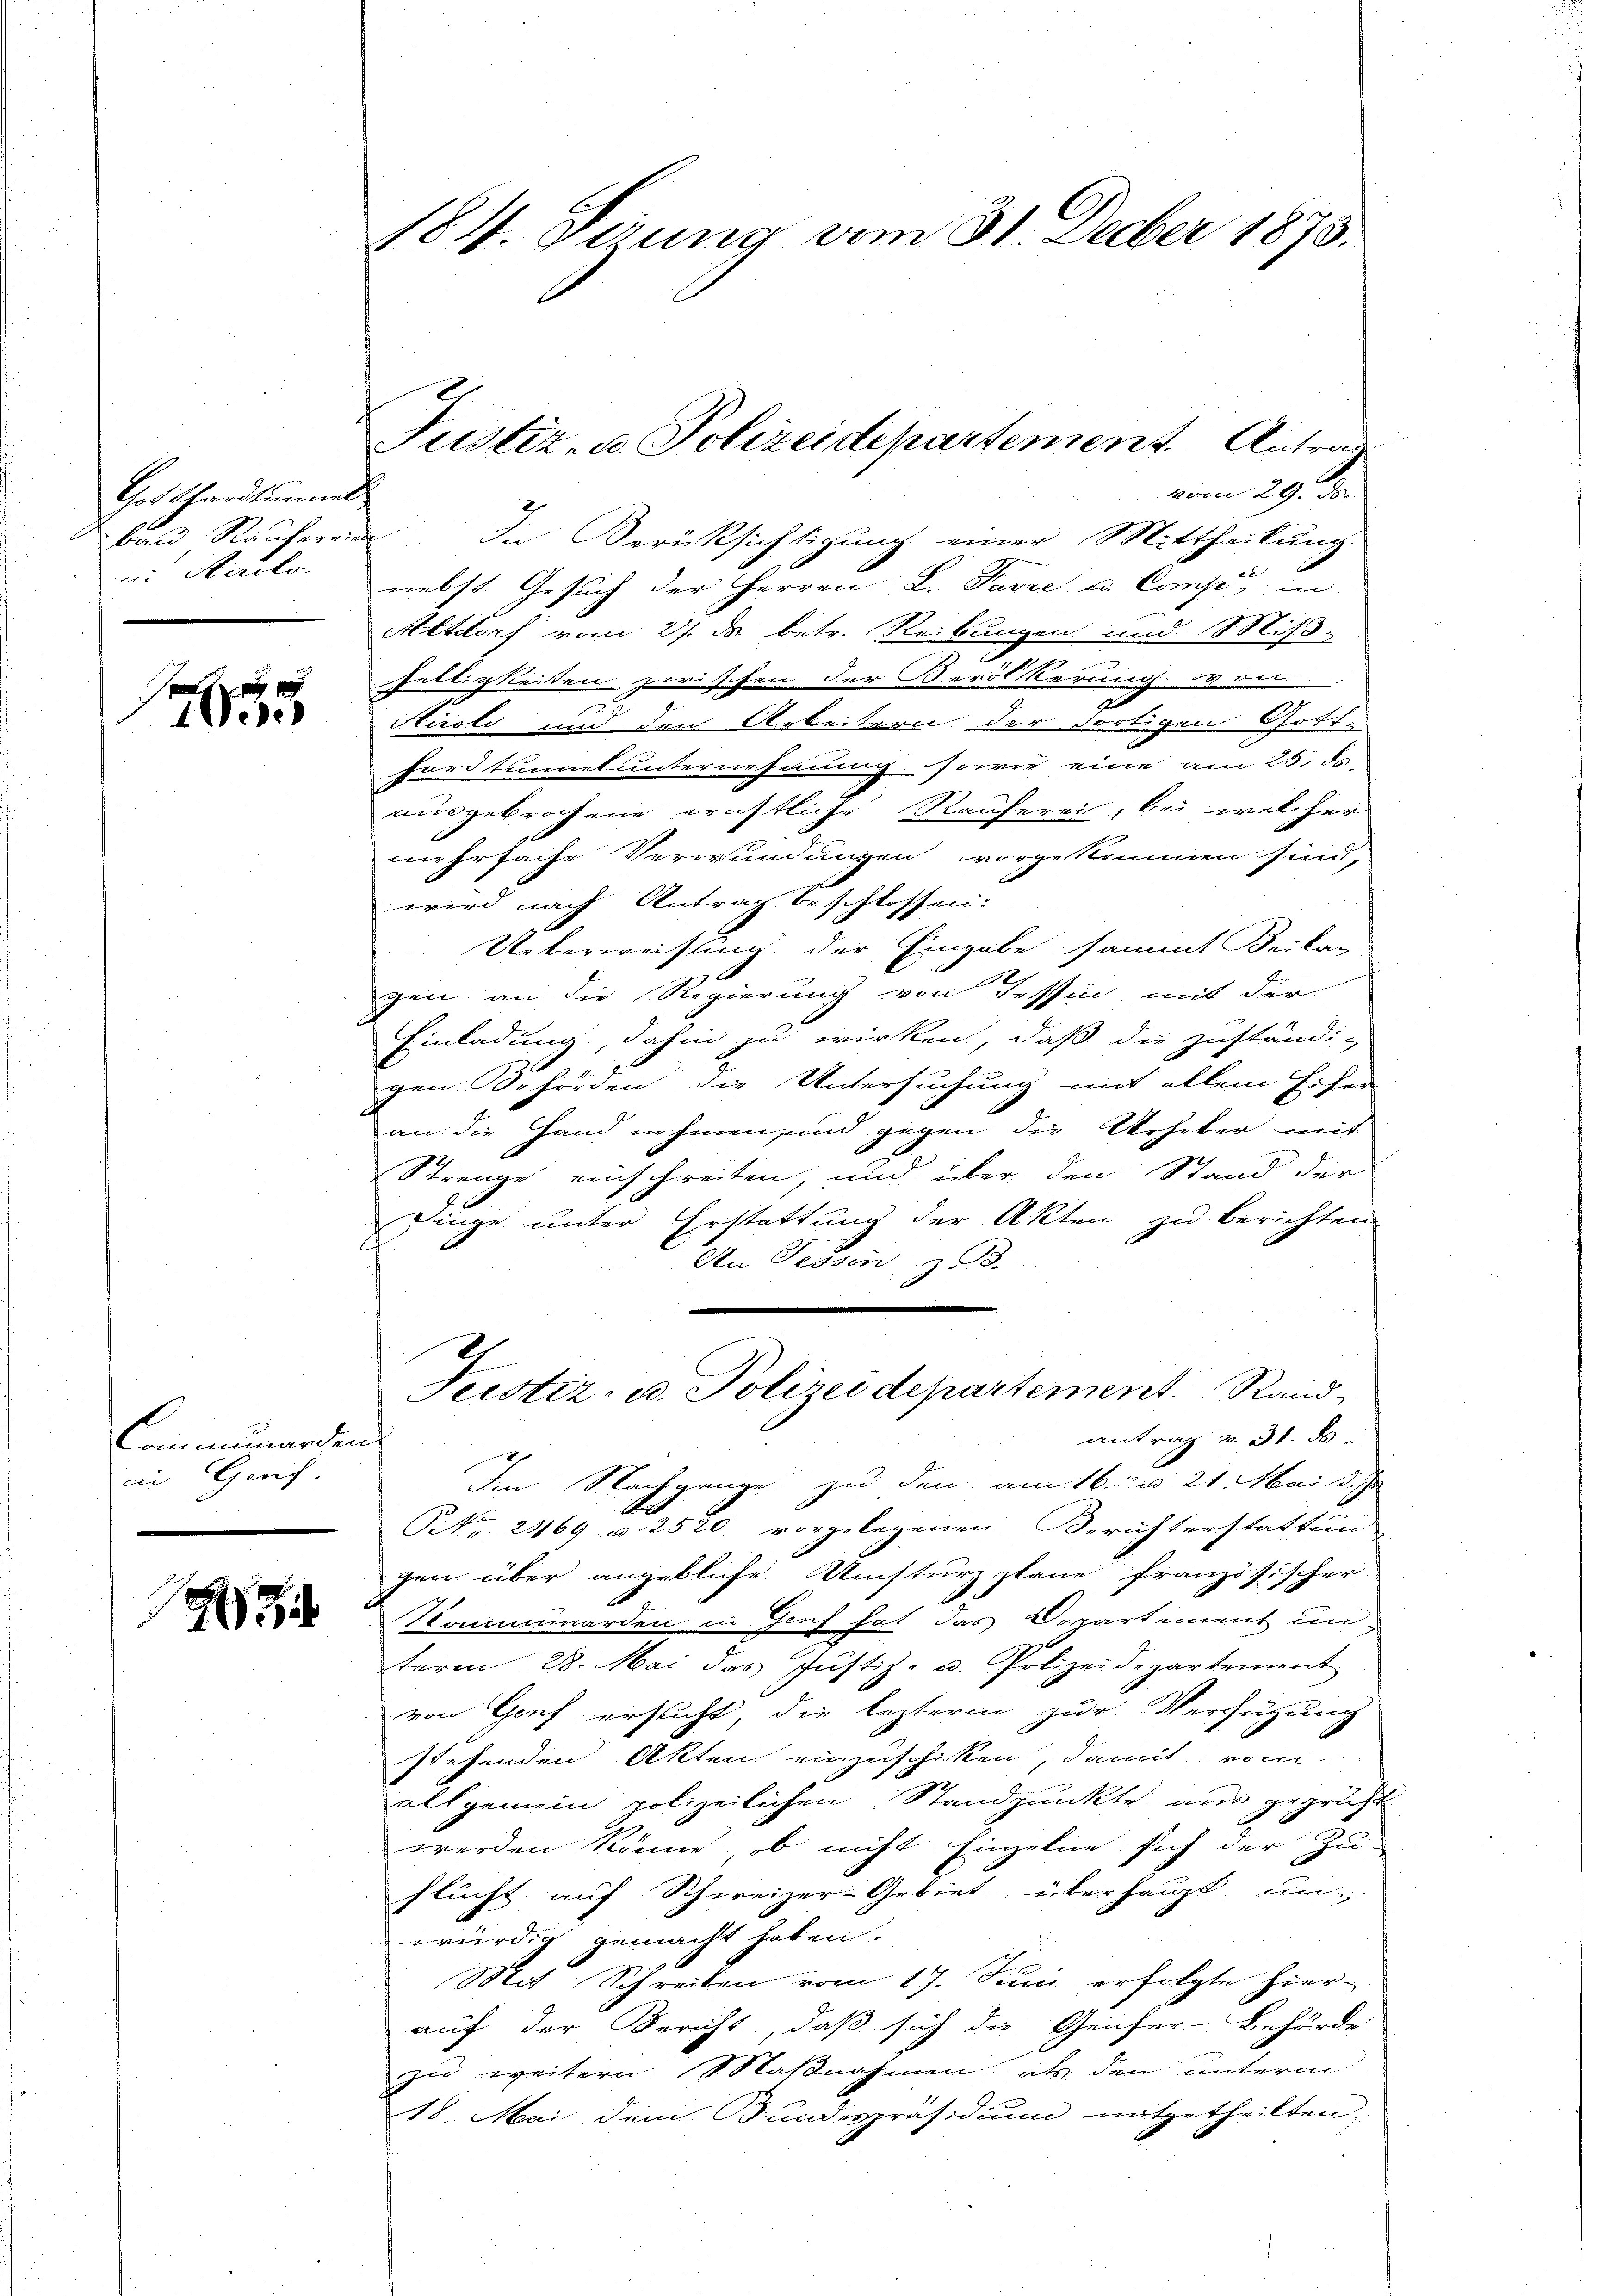
Gotthardtinmet
ban Rauhereins
in Airolo.

1 Wese

Cammerden
in Genf.

3

184. Derung vom 31. Feber 1873.

vom 29. den
.
In Berücksichtigung einer Mittheilung.
nebst Gesuch der Herren L. Favre u. Compe, in
Altdorf vom 27. ds. betr. Reibungen und Miß-
Gültigkeiten zwischen der Bevölkerung von
i
Airoli und den Arbeitern der dortigen Gott-
hardtunnet unternehmung sowie eine am 25. ds.
ausgebrochene ernstliche Ranferei, bei welcher
mehrfache Verwundungen vorgekommen sind,
wird nach Antrag beschlossen:
Ueberweisung der Eingabe sammt Beikar
gen an die Regierung von Tessin, mit der
Einladung, dahin zu wirken, daß die zuständig
gen Behörden die Untersuchung mit allem Eifer
an die Hand nehmen, und gegen die Weheber mit
Strenge einschreiten, und über den Stand der
Dinge unter Erstattung der Akten zu berichten
An Tessin, z. B.
Justiz- u. Polizei departement. Rand,
antrag v. 31. ds
Im Stackgange zu den am 16ten 21. Mai d. Ju
xx
NNo. 2469 u. 2520. vorgelegenen Berichterstattung
gen über angebliche Umsturz plane französischer
Saammarden in Genf hat das Departement unterm 28. Mai das Justiz- u. Polizeidepartement
von Genf ersucht, die lezteren zur Verfügung
stehenden Akten einzuschiken, damit vom
allgemein polizeilichen Standpunkte aus geprüft
werden könne, ob nicht Einzelne sich der Zu-
flucht auf Schweizer-Gebiet, überhaupt, un-
würdig gemacht haben.
Mit Schreiben vom 17. Juni erfolgte hierauf der Bericht, daß sich die Genfer-Behörde
zu weitern Maßnahmen als den unterm
18. Mai dem Bundespräsidium mitgetheilten,

Justiz- u. Polizeidepartement. Antrag